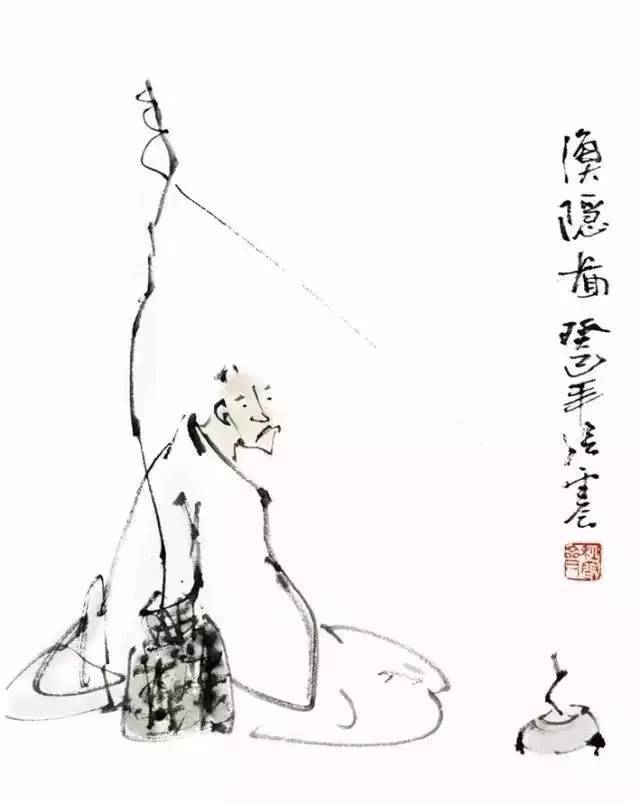
宁可枝头抱香死，何曾吹落北风中。